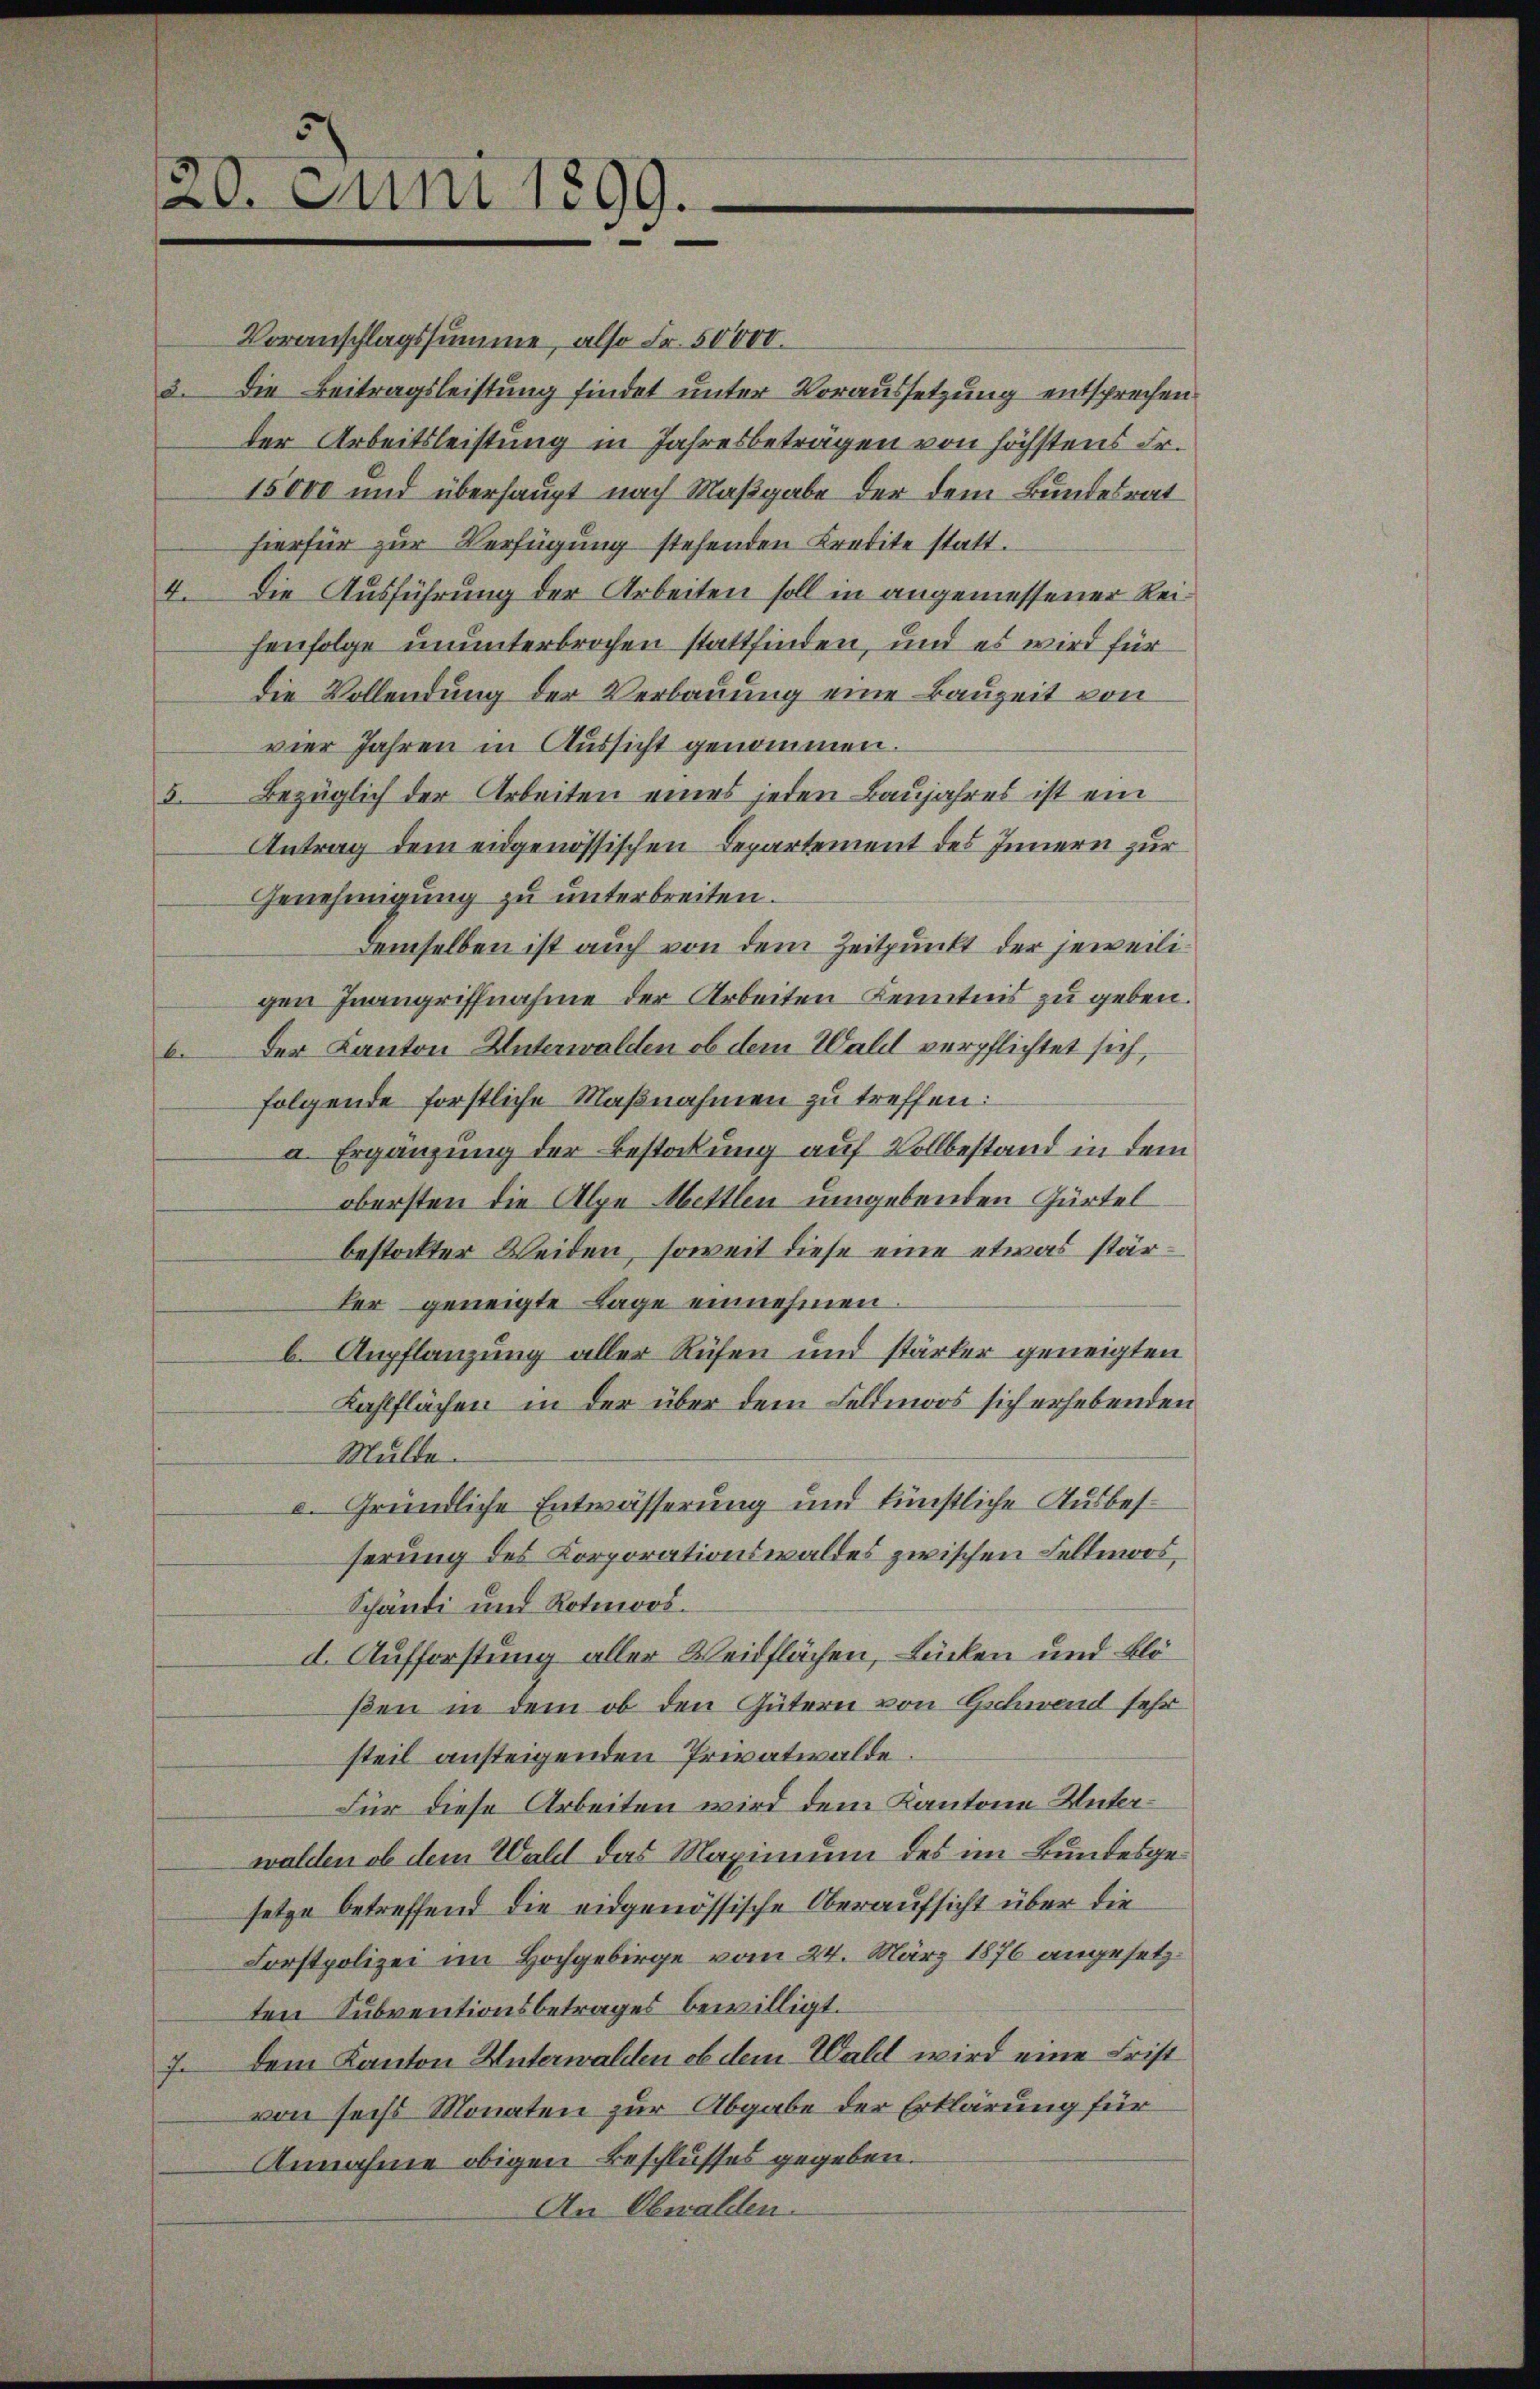
20. Juni 1899.

Voranschlagssumme, also Fr. 50000.
3. Die Beitragsleistung findet unter Voraussetzung entsprechen
der Arbeitsleistung in Jahresbeträgen von höchstens Fr.
15000 und überhaupt nach Maßgabe der dem Bundesrat
hierfür zur Verfügung stehenden Kredite statt.
4. Die Ausführung der Arbeiten soll in angemessener Reihenfolge ununterbrochen stattfinden, und es wird für
die Vollendung der Verbauung eine Bauzeit von
vier Jahren in Aussicht genommen.
5. Bezüglich der Arbeiten eines jeden Baŭjahres ist ein
Antrag dem eidgenössischen Departement des Innern zur
Genehmigung zu unterbreiten.
demselben ist auch von dem Zeitpunkt der jeweiligen Inangriffnahme der Arbeiten Kenntnis zu geben.
b. Der Kanton Unterwalden ob dem Wald verpflichtet sich,
folgende forstliche Maßnahmen zu treffen.
a. Ergänzung der Bestockung auf Vollbestand in dem
obersten die Alpe Mettlen umgebenden Gürtel
bestockter Weiden, soweit diese eine etwas stärder geneigte Lage einnehmen.
b. Aupflanzung aller Rüfen und stärker geneigten
Kahlflächen in der über dem Feldmoos sich erhebenden
Mulde
c. Gründliche Entwässerung und künstliche Ausbesserung des Korporationswaldes zwischen Feltmoos,
Schändi und Rotmoos.
d. Aufforstung aller Weidflächen, Lücken und Blößen in dem ob den Gütern von Gschwend sehr
steil ansteigenden Privatwalde.
Für diese Arbeiten wird dem Kantone Unterwalden ob dem Wald das Maximum des im Bundesgesetze betreffend die eidgenössische Oberaufsicht über die
Forstpolizei im Hochgebirge vom 24. März 1876 angesetzten Subventionsbetrages bewilligt.
7. dem Kanton Unterwalden ob dem Wald wird eine Frist
von sechs Monaten zur Abgabe der Erklärung für
Annahme obigen Beschlusses gegeben.
An Obwalden.